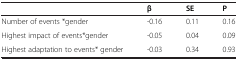
<table><thead><tr><td><b> </b></td><td><b>β</b></td><td><b>SE</b></td><td><b>P</b></td></tr></thead><tbody><tr><td>Number of events *gender</td><td>-0.16</td><td>0.11</td><td>0.16</td></tr><tr><td>Highest impact of events*gender</td><td>-0.05</td><td>0.04</td><td>0.09</td></tr><tr><td>Highest adaptation to events* gender</td><td>-0.03</td><td>0.34</td><td>0.93</td></tr></tbody></table>